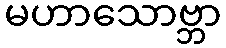
မဟာသောဗ္ဘာ